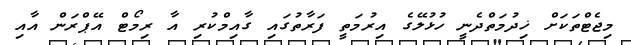
މިޖެޓްތަކަށް ޚިދުމަތްދެނީ ހުޅުލޭގެ އިރުމަތީ ފަރާތުގައި ގާއިމްކުރި އާ ރިމޯޓް އޭޕްރަން އާއި